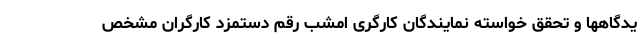
یدگاهها و تحقق خواسته نمایندگان کارگری امشب رقم دستمزد کارگران مشخص